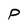
Character: p